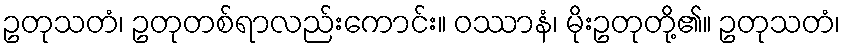
ဥတုသတံ၊ ဥတုတစ်ရာလည်းကောင်း။ ဝဿာနံ၊ မိုးဥတုတို့၏။ ဥတုသတံ၊